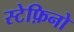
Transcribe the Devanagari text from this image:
स्टेफ़िनो